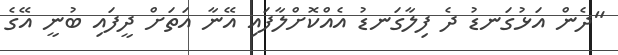
"ދެން އަޅުގަނޑު ދެ ފިލާގަނޑު އެއްކޮށްލާފައި އޭނާ އަތަށް ދީފައި ބުނީ އޭގެ